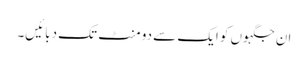
ان جگہوں کو ایک سے دو منٹ تک دبائیں۔